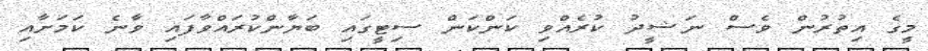
މީގެ އިތުރުން ވެސް ނަޝީދު ކުރެއްވި ކަންކަން ސިޓީގައި ބަޔާންކުރައްވާފައި ވާނެ ކަމަށާއި